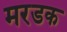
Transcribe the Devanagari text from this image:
मरडक